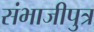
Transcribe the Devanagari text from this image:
संभाजीपुत्र